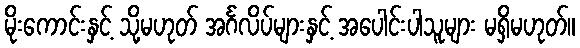
မိုးကောင်းနှင့် သို့မဟုတ် အင်္ဂလိပ်များနှင့် အပေါင်းပါသူများ မရှိမဟုတ်။